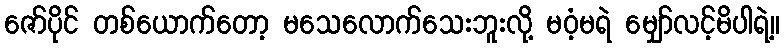
ဇော်ပိုင် တစ်ယောက်တော့ မသေလောက်သေးဘူးလို့ မဝံ့မရဲ မျှော်လင့်မိပါရဲ့။